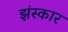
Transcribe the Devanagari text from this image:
झंस्कार